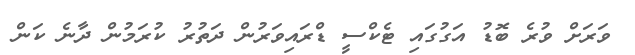
ވަރަށް ވުރެ ބޮޑު އަގުގައި ޓެކްސީ ޑްރައިވަރުން ދަތުރު ކުރަމުން ދާނެ ކަން